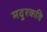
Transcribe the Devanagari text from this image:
मदुरकवि